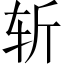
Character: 斩